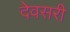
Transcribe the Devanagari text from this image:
देवसरी